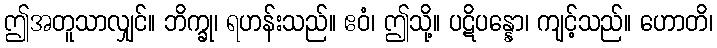
ဤအတူသာလျှင်။ ဘိက္ခု၊ ရဟန်းသည်။ ဧဝံ၊ ဤသို့။ ပဋိပန္နော၊ ကျင့်သည်။ ဟောတိ၊